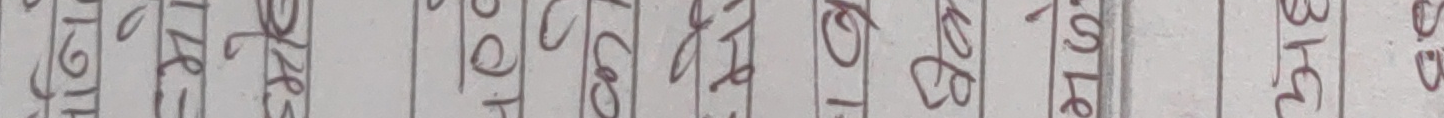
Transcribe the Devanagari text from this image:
१७२४१०५८१०१६३०